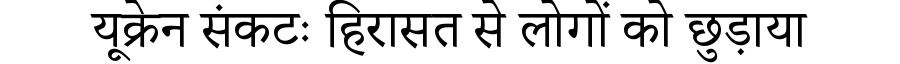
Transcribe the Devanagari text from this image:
यूक्रेन संकटः हिरासत से लोगों को छुड़ाया